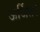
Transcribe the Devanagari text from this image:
ऊर्जित।